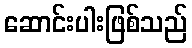
ဆောင်းပါးဖြစ်သည်